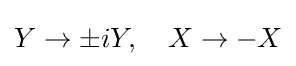
Y\to \pm iY,\quad X\to -X